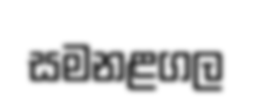
සමනළගල